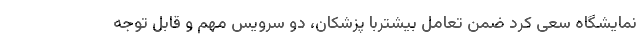
نمایشگاه سعی کرد ضمن تعامل بیشتربا پزشکان، دو سرویس مهم و قابل توجه